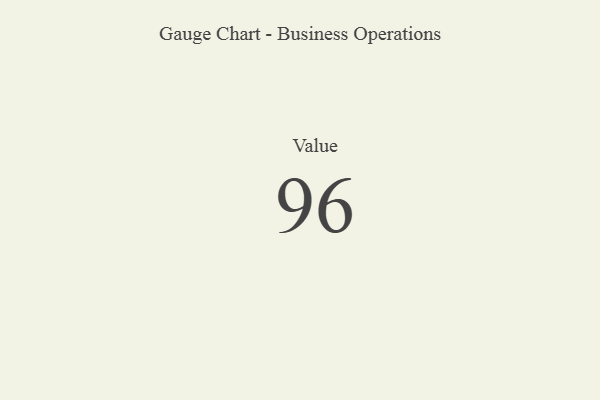
{"axis": {"x": "Metric", "y": "Value"}, "legend": [""], "data": [{"x": "Value", "y": 96, "type": ""}]}